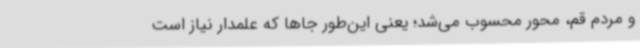
و مردم قم، محور محسوب می‌شد؛ یعنی این‌طور جاها که علمدار نیاز است